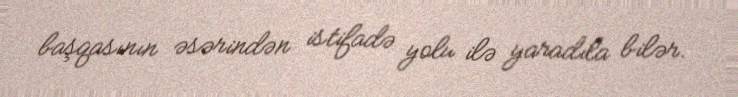
başqasının əsərindən istifadə yolu ilə yaradıla bilər.